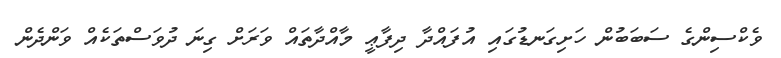
ވެކްސިންގެ ސަބަބުން ހަށިގަނޑުގައި އުފައްދާ ދިފާޢީ މާއްދާތައް ވަރަށް ގިނަ ދުވަސްތަކެއް ވަންދެން